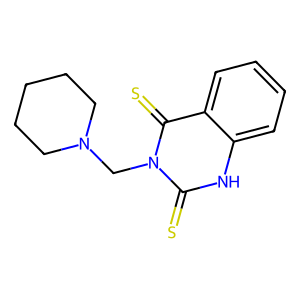
SMILES: S=c1[nH]c2ccccc2c(=S)n1CN1CCCCC1
Inhibits HIV replication: No